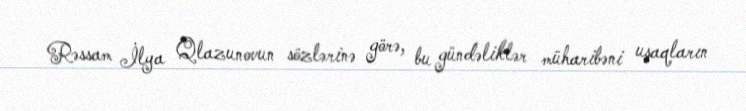
Rəssam İlya Qlazunovun sözlərinə görə, bu gündəliklər müharibəni uşaqların